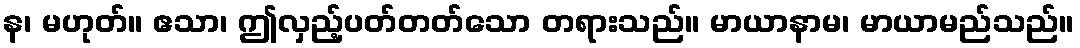
န၊ မဟုတ်။ ဧသာ၊ ဤလှည့်ပတ်တတ်သော တရားသည်။ မာယာနာမ၊ မာယာမည်သည်။